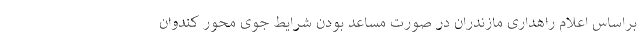
براساس اعلام راهداری مازندران در صورت مساعد بودن شرایط جوی محور کندوان